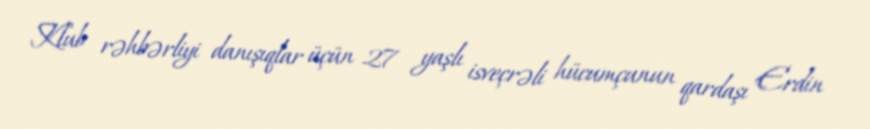
Klub rəhbərliyi danışıqlar üçün 27 yaşlı isveçrəli hücumçunun qardaşı Erdin